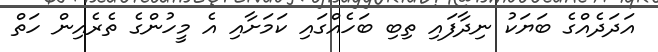
އަދަދެއްގެ ބަޔަކު ނިދާފައި ތިިބި ބަހެއްގައި ކަމަށާއި އެ މީހުންގެ ތެރެއިން ހަތް